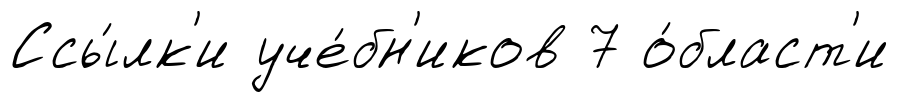
Ссы́лк'и уче́бн'иков 7 о́бласт'и